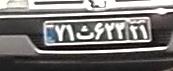
۷۱ث۶۲۳۱۱